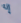
إنه